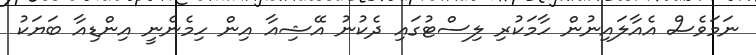
ނަމަވެސް އެއާލައިނުން ހާމަކުރި ލިސްޓުގައި ދެކުނު އޭޝިއާ އިން ހިމެނެނީ އިންޑިއާ ބަޔަކު